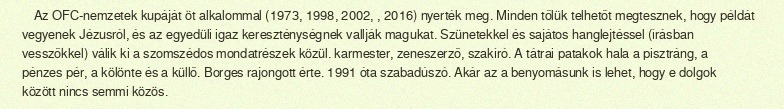
Az OFC-nemzetek kupáját öt alkalommal (1973, 1998, 2002, , 2016) nyerték meg. Minden tőlük telhetőt megtesznek, hogy példát vegyenek Jézusról, és az egyedüli igaz kereszténységnek vallják magukat. Szünetekkel és sajátos hanglejtéssel (írásban vesszőkkel) válik ki a szomszédos mondatrészek közül. karmester, zeneszerző, szakíró. A tátrai patakok hala a pisztráng, a pénzes pér, a kölönte és a küllő. Borges rajongott érte. 1991 óta szabadúszó. Akár az a benyomásunk is lehet, hogy e dolgok között nincs semmi közös.